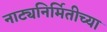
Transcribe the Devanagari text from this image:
नाट्यनिर्मितीच्या